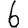
Digit: 6